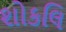
શોકલિ